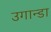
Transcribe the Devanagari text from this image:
उगान्डा